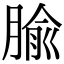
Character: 腧